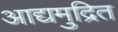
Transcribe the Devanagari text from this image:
आद्यमुद्रित